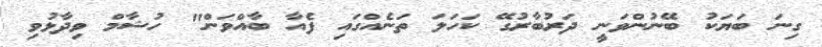
ގިނަ ބަޔަކު ބޭނުންވަނީ ދަރުބާރުގޭ ކަހަލަ ތަނެއްގައި ފެއާ ބާއްވަން" ހުޝާމް ވިދާޅުވި